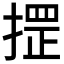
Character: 𢱫